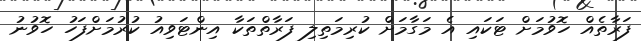
ފަރާތެއް ހޮވުމަށް ޓަކައި އެ މަގާމަށް ކުރިމަތިލި ފަރާތްތަކާ އިންޓަވިއު ކުރުމަށްފަހު ހޮވުނު